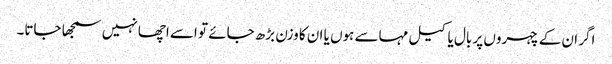
اگر ان کے چہروں پر بال یا کیل مہاسے ہوں یا ان کا وزن بڑھ جائے تو اسے اچھا نہیں سمجھا جاتا۔